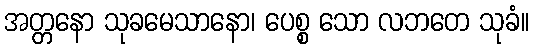
အတ္တနော သုခမေသာနော၊ ပေစ္စ သော လဘတေ သုခံ။